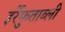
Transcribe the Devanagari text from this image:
इर्रेफुताब्ली